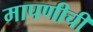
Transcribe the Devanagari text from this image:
मापणीची